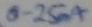
Text: 0.25mA